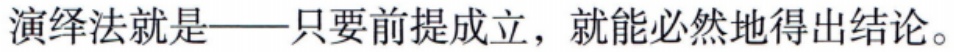
演绎法就是——只要前提成立，就能必然地得出结论。